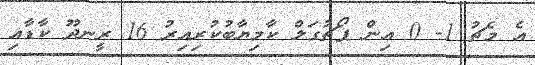
އެ މެޗު 1- 0 އިން ޕޯޗުގަލް ކާމިޔާބުކުރިއިރު 16 ރީނދޫ ކާޑާއި